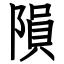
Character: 隕